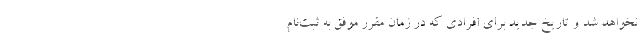
نخواهد شد و تاریخ جدید برای افرادی که در زمان مقرر موفق به ثبت‌نام